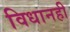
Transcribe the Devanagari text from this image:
विधानही